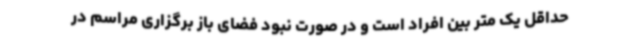
حداقل یک متر بین افراد است و در صورت نبود فضای باز برگزاری مراسم در